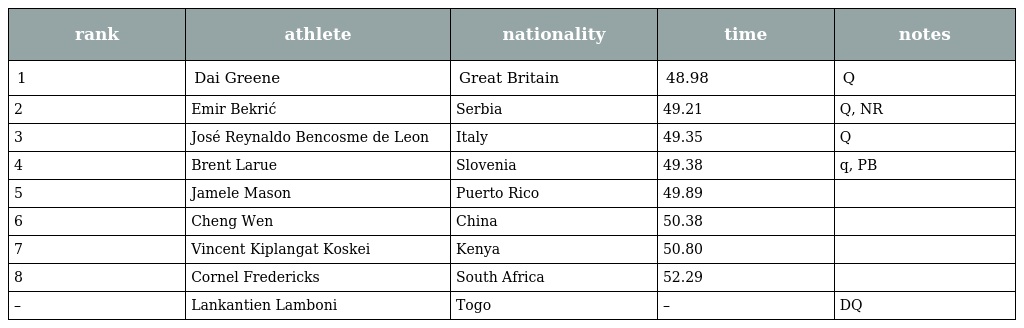
| rank | athlete | nationality | time | notes |
 | --- | --- | --- | --- | --- |
 | 1 | Dai Greene | Great Britain | 48.98 | Q |
 | 2 | Emir Bekrić | Serbia | 49.21 | Q, NR |
 | 3 | José Reynaldo Bencosme de Leon | Italy | 49.35 | Q |
 | 4 | Brent Larue | Slovenia | 49.38 | q, PB |
 | 5 | Jamele Mason | Puerto Rico | 49.89 |  |
 | 6 | Cheng Wen | China | 50.38 |  |
 | 7 | Vincent Kiplangat Koskei | Kenya | 50.80 |  |
 | 8 | Cornel Fredericks | South Africa | 52.29 |  |
 | – | Lankantien Lamboni | Togo | – | DQ |